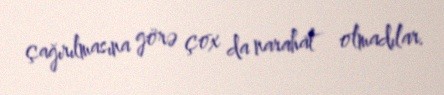
çağırılmasına görə çox da narahat olmadılar.